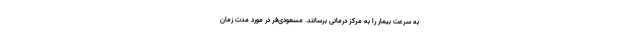
به سرعت بیمار را به مرکز درمانی برسانند. مسعودی‌فر در مورد مدت زمان